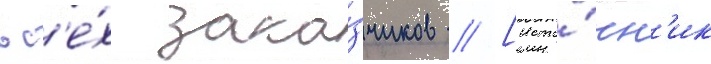
вс'е́х зака́зчиков // [исто́чн'ик